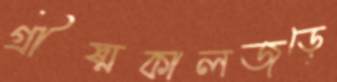
গ্রীষ্মকালজুড়ে